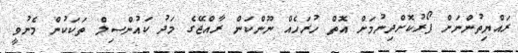
ރައްޔިތުންނަށް ފޯރުކޮށްދިނުމަށް އޮތް ހުރަހެއް ނޫންކަން ރާއްޖޭގެ މަދު ކައުންސިލް ތަކަކުން މެނުވީ